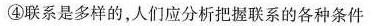
④联系是多样的，人们应分析把握联系的各种条件